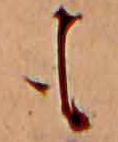
も